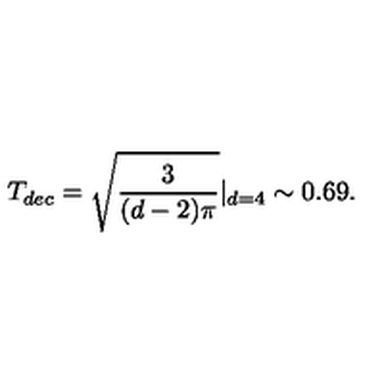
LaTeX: T _ { d e c } = \sqrt { \frac { 3 } { ( d - 2 ) \pi } } | _ { d = 4 } \sim 0 . 6 9 .